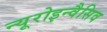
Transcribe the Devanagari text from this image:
न्यूरोइन्वैसिव